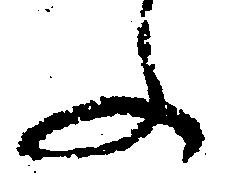
ふ